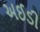
અઈડી